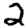
Digit: 2